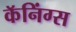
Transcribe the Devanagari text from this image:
कॅनिंग्स